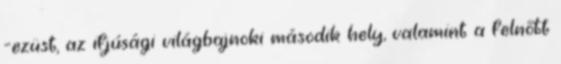
-ezüst, az ifjúsági világbajnoki második hely, valamint a felnőtt